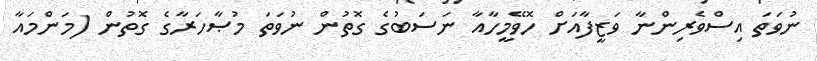
ނުވަތަ އިސްވެރިންނާ ވަޒީފާއަށް ހޮވޭމީހާއާ ނަސަބުގެ ގޮތުން ނުވަތަ މުޞާހަރާގެ ގޮތުން (މަންމައާ